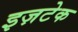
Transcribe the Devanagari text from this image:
इज़टेक